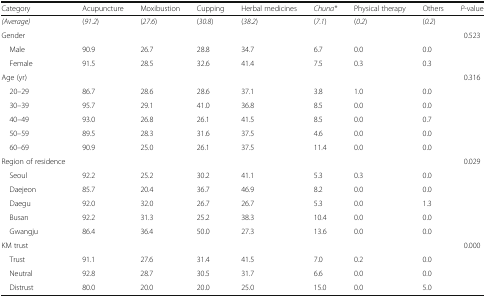
<table><thead><tr><td><b>Category</b></td><td><b>Acupuncture</b></td><td><b>Moxibustion</b></td><td><b>Cupping</b></td><td><b>Herbal medicines</b></td><td><b><i>Chuna*</i></b></td><td><b>Physical therapy</b></td><td><b>Others</b></td><td><b><i>P</i>-value</b></td></tr></thead><tbody><tr><td><i>(Average)</i></td><td>(<i>91.2</i>)</td><td>(<i>27.6</i>)</td><td>(<i>30.8</i>)</td><td>(<i>38.2</i>)</td><td>(<i>7.1</i>)</td><td>(<i>0.2</i>)</td><td>(<i>0.2</i>)</td><td></td></tr><tr><td>Gender</td><td></td><td></td><td></td><td></td><td></td><td></td><td></td><td>0.523</td></tr><tr><td> Male</td><td>90.9</td><td>26.7</td><td>28.8</td><td>34.7</td><td>6.7</td><td>0.0</td><td>0.0</td><td></td></tr><tr><td> Female</td><td>91.5</td><td>28.5</td><td>32.6</td><td>41.4</td><td>7.5</td><td>0.3</td><td>0.3</td><td></td></tr><tr><td>Age (yr)</td><td></td><td></td><td></td><td></td><td></td><td></td><td></td><td>0.316</td></tr><tr><td> 20–29</td><td>86.7</td><td>28.6</td><td>28.6</td><td>37.1</td><td>3.8</td><td>1.0</td><td>0.0</td><td></td></tr><tr><td> 30–39</td><td>95.7</td><td>29.1</td><td>41.0</td><td>36.8</td><td>8.5</td><td>0.0</td><td>0.0</td><td></td></tr><tr><td> 40–49</td><td>93.0</td><td>26.8</td><td>26.1</td><td>41.5</td><td>8.5</td><td>0.0</td><td>0.7</td><td></td></tr><tr><td> 50–59</td><td>89.5</td><td>28.3</td><td>31.6</td><td>37.5</td><td>4.6</td><td>0.0</td><td>0.0</td><td></td></tr><tr><td> 60–69</td><td>90.9</td><td>25.0</td><td>26.1</td><td>37.5</td><td>11.4</td><td>0.0</td><td>0.0</td><td></td></tr><tr><td>Region of residence</td><td></td><td></td><td></td><td></td><td></td><td></td><td></td><td>0.029</td></tr><tr><td> Seoul</td><td>92.2</td><td>25.2</td><td>30.2</td><td>41.1</td><td>5.3</td><td>0.3</td><td>0.0</td><td></td></tr><tr><td> Daejeon</td><td>85.7</td><td>20.4</td><td>36.7</td><td>46.9</td><td>8.2</td><td>0.0</td><td>0.0</td><td></td></tr><tr><td> Daegu</td><td>92.0</td><td>32.0</td><td>26.7</td><td>26.7</td><td>5.3</td><td>0.0</td><td>1.3</td><td></td></tr><tr><td> Busan</td><td>92.2</td><td>31.3</td><td>25.2</td><td>38.3</td><td>10.4</td><td>0.0</td><td>0.0</td><td></td></tr><tr><td> Gwangju</td><td>86.4</td><td>36.4</td><td>50.0</td><td>27.3</td><td>13.6</td><td>0.0</td><td>0.0</td><td></td></tr><tr><td>KM trust</td><td></td><td></td><td></td><td></td><td></td><td></td><td></td><td>0.000</td></tr><tr><td> Trust</td><td>91.1</td><td>27.6</td><td>31.4</td><td>41.5</td><td>7.0</td><td>0.2</td><td>0.0</td><td></td></tr><tr><td> Neutral</td><td>92.8</td><td>28.7</td><td>30.5</td><td>31.7</td><td>6.6</td><td>0.0</td><td>0.0</td><td></td></tr><tr><td> Distrust</td><td>80.0</td><td>20.0</td><td>20.0</td><td>25.0</td><td>15.0</td><td>0.0</td><td>5.0</td><td></td></tr></tbody></table>